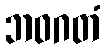
ဘဝဂတံ